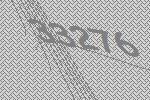
33276